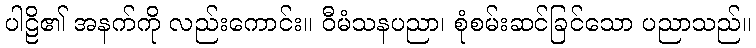
ပါဠိ၏ အနက်ကို လည်းကောင်း။ ဝီမံသနပညာ၊ စုံစမ်းဆင်ခြင်သော ပညာသည်။